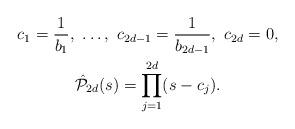
LaTeX: \begin{gather*}c_1=\frac{1}{b_1},\ \dots,\ c_{2d-1}=\frac{1}{b_{2d-1}},\ c_{2d}=0,\\\hat{\mathcal{P}}_{2d}(s)=\prod_{j=1}^{2d}(s-c_j).\end{gather*}